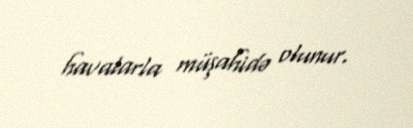
havalarla müşahidə olunur.